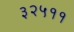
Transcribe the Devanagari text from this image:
३२५११